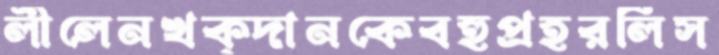
লীলেনখক্‌দানকেবহুপ্রহরলিস